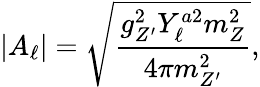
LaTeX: \left|A_{\ell}\right|=\sqrt{\frac{g_{Z^{\prime}}^{2}Y_{\ell}^{a2}m_{Z}^{2}}{4\pi m_{Z^{\prime}}^{2}}},